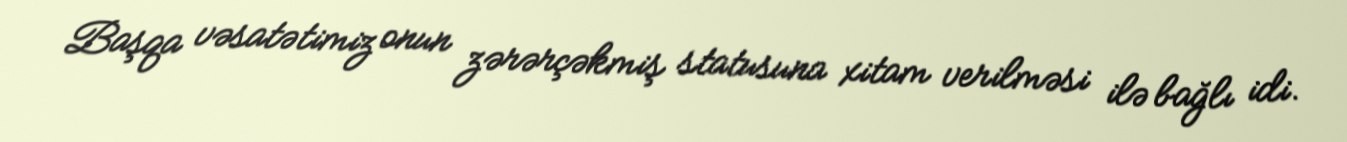
Başqa vəsatətimiz onun zərərçəkmiş statusuna xitam verilməsi ilə bağlı idi.